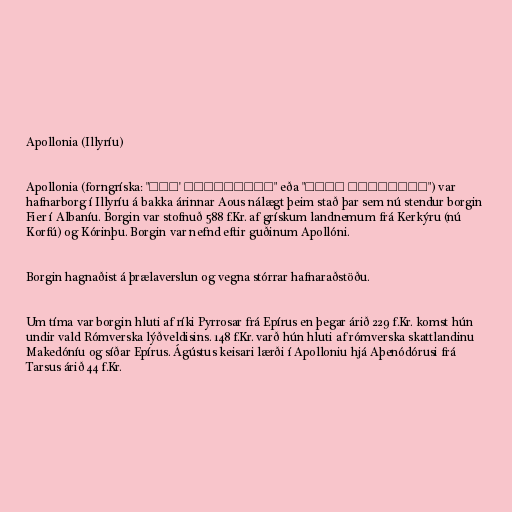
Apollonia (Illyríu)

Apollonia (forngríska: "κατ' Εριδαμνον" eða "προς Εριδαμνω") var
hafnarborg í Illyríu á bakka árinnar Aous nálægt þeim stað þar sem nú stendur borgin
Fier í Albaníu. Borgin var stofnuð 588 f.Kr. af grískum landnemum frá Kerkýru (nú
Korfú) og Kórinþu. Borgin var nefnd eftir guðinum Apollóni.

Borgin hagnaðist á þrælaverslun og vegna stórrar hafnaraðstöðu.

Um tíma var borgin hluti af ríki Pyrrosar frá Epírus en þegar árið 229 f.Kr. komst hún
undir vald Rómverska lýðveldisins. 148 f.Kr. varð hún hluti af rómverska skattlandinu
Makedóníu og síðar Epírus. Ágústus keisari lærði í Apolloniu hjá Aþenódórusi frá
Tarsus árið 44 f.Kr.